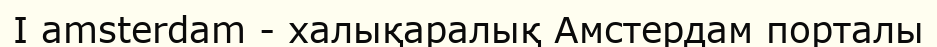
I amsterdam - халықаралық Амстердам порталы